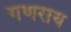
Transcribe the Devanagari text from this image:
गणराय